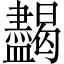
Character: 𥃞